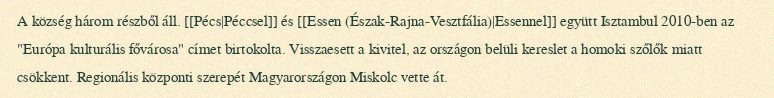
A község három részből áll. [[Pécs|Péccsel]] és [[Essen (Észak-Rajna-Vesztfália)|Essennel]] együtt Isztambul 2010-ben az "Európa kulturális fővárosa" címet birtokolta. Visszaesett a kivitel, az országon belüli kereslet a homoki szőlők miatt csökkent. Regionális központi szerepét Magyarországon Miskolc vette át.